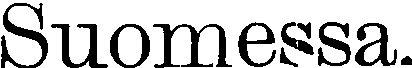
Suomessa.